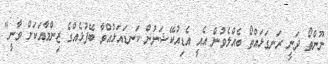
ނޫންތޯ ދަނީ ރަނގަޅައްތޯ ބެއްލެވުން އެއީ އެޑިއުކޭޝަނުން ކަނޑައަޅުއްވާ ބޭފުޅެއްގެ ޒިންމާއަކަށް ވާނީ"